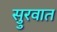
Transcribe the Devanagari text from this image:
सुुरवात